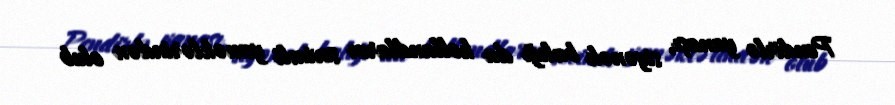
Pendirlə yanaşı, siyənək balığı da hollandların sevimli yeməklərindən olub